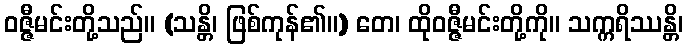
ဝဇ္ဇီမင်းတို့သည်။ (သန္တိ၊ ဖြစ်ကုန်၏။) တေ၊ ထိုဝဇ္ဇီမင်းတို့ကို။ သက္ကရိဿန္တိ၊